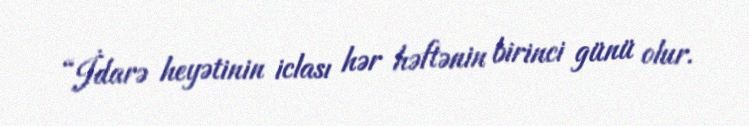
“İdarə heyətinin iclası hər həftənin birinci günü olur.